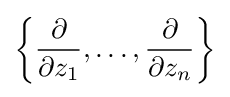
\left\{{\frac {\partial }{\partial z_{1}}},\dots ,{\frac {\partial }{\partial z_{n}}}\right\}